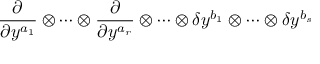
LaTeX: \frac \partial { \partial y ^ { a _ { 1 } } } \otimes \cdots \otimes \frac \partial { \partial y ^ { a _ { r } } } \otimes \cdots \otimes \delta y ^ { b _ { 1 } } \otimes \cdots \otimes \delta y ^ { b _ { s } }